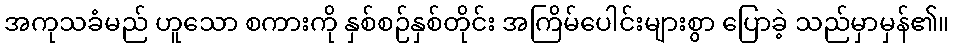
အကုသခံမည် ဟူသော စကားကို နှစ်စဉ်နှစ်တိုင်း အကြိမ်ပေါင်းများစွာ ပြောခဲ့ သည်မှာမှန်၏။